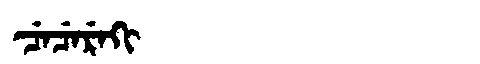
Manchu: ᠴᡝᠴᡝᡵᡝᡴᡳ
Romanization: CECEREKI